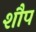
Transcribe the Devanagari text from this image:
शौप